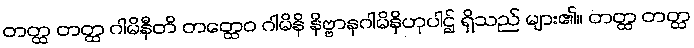
တတ္ထ တတ္ထ ဂါမိနီတိ တတ္ထေဝ ဂါမိနိ နိဗ္ဗာနဂါမိနိဟုပါဌ် ရှိသည် များ၏။ တတ္ထ တတ္ထ